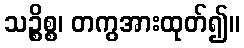
သဉ္စိစ္စ၊ တကွအားထုတ်၍။